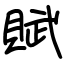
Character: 賦